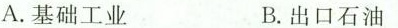
A.基础工业 B.出口石油